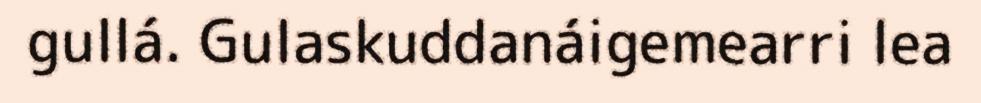
gullá. Gulaskuddanáigemearri lea